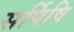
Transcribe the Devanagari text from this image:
सर्पिषि